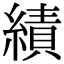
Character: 績